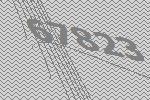
67823